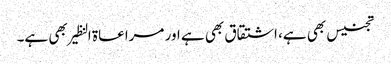
تجنیس بھی ہے، اشتقاق بھی ہے اور مراعاۃ النظیر بھی ہے۔